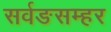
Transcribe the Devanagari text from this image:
सर्वङसम्हर